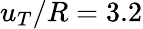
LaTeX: u_{T}/R=3.2